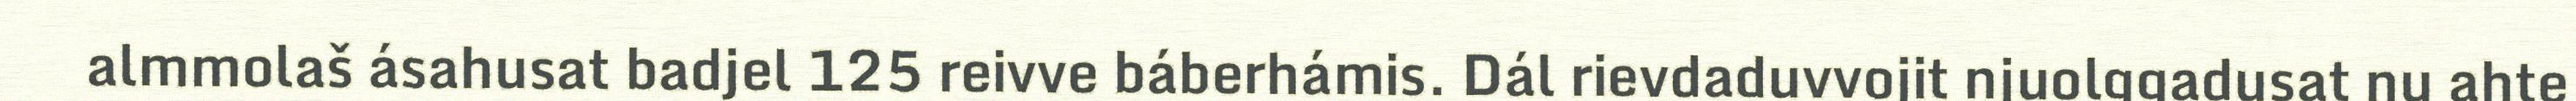
almmolaš ásahusat badjel 125 reivve báberhámis. Dál rievdaduvvojit njuolggadusat nu ahte